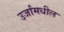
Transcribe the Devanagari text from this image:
उर्जांमधील